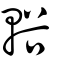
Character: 輍